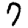
Digit: 7